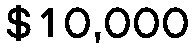
$10,000